Report on sanitation, dispensaries, and jails in Rajputana for 1915, and on vaccination for the year 1915-1916 - 1915-1916
Year: 1915
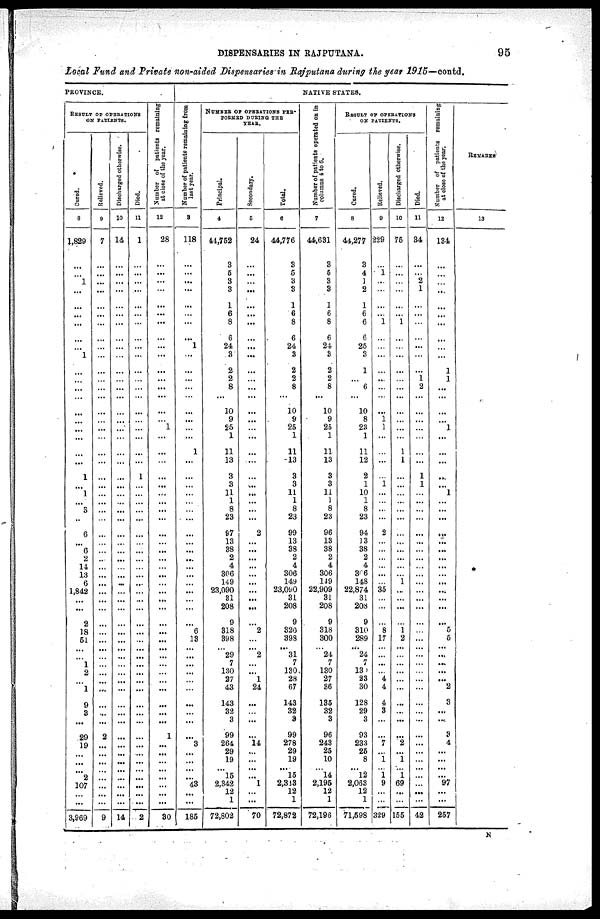
DISPENSARIES IN RAJPUTANA.
95
Local Fund and Private non-aided Dispensaries in Rajputana during the year 1915—contd.
PROVINCE.
RESULT OF OPERATIONS
ON PATIENTS.
Cured.
8
1,829
...
...
1
...
...
...
...
...
...
1
...
...
...
...
...
...
...
...
...
...
1
...
1
...
3
...
6
...
6
2
14
13
6
1,842
...
...
2
18
51
...
...
1
2
...
1
9
3
...
29
19
...
...
2
107
...
...
3,969
Relieved.
9
7
...
...
...
...
...
...
...
...
...
...
...
...
...
...
...
...
...
...
...
...
...
...
...
...
...
...
...
...
...
...
...
...
...
...
...
...
...
...
...
...
...
...
...
...
...
...
...
...
2
...
...
...
...
...
...
...
9
Discharged otherwise.
10
14
...
...
...
...
...
...
...
...
...
...
...
...
...
...
...
...
...
...
...
...
...
...
...
...
...
...
...
...
...
...
...
...
...
...
...
...
...
...
...
...
...
...
...
...
...
...
...
...
...
...
...
...
...
...
...
...
14
Died.
11
1
...
...
...
...
...
...
...
...
...
...
...
...
...
...
...
...
...
...
...
...
1
...
...
...
...
...
...
...
...
...
...
...
...
...
...
...
...
...
...
...
...
...
...
...
...
...
...
...
...
...
...
...
...
...
...
...
2
Number of petients remaining
at close of the year.
12
28
...
...
...
...
...
...
...
...
...
...
...
...
...
...
...
...
1
...
...
...
...
...
...
...
...
...
...
...
...
...
...
...
...
...
...
...
...
...
...
...
...
...
...
...
...
...
...
...
1
...
...
...
...
...
...
...
30
NATIVE STATES.
Number of patients remaining from
last year.
3
118
...
...
...
...
...
...
...
...
1
...
...
...
...
...
...
...
...
...
1
...
...
...
...
...
...
...
...
...
...
...
...
...
...
...
...
...
...
6
13
...
...
...
...
...
...
...
...
...
...
3
...
...
...
43
...
...
185
NUMBER OF OPERATIONS PER¬
FORMED DURING THE
YEAR.
Principal.
4
44,762
3
5
3
3
1
6
8
6
24
3
2
2
8
...
10
9
25
1
11
13
3
3
11
1
8
23
97
13
38
2
4
306
149
23,090
81
208
9
318
398
... 29
7
130
27
43
143
32
3
99
264
29
19
15
2,842
12
1
72,802
Secondary.
5
24
...
...
...
...
...
...
...
...
...
...
...
...
...
...
...
...
...
...
...
....
...
...
...
...
...
...
2
...
...
...
...
...
...
...
...
...
...
2
...
... 2
...
...
1
24
...
...
...
...
14
...
...
...
1
...
...
70
Total.
6
44,776
3
5
3
3
1
6
8
6
24
3
2
2
8
...
10
9
25
1
11
13
3
3
11
1
8
23
99
13
38
2
4
306
149
23,090
31
208
9
320
398
... 31
7
130
28
67
143
32
3
99
278
29
19
15
2,343
12
1
72,872
Number of patients operated on in
columns 4 to 6.
7
44,631
3
5
3
3
1
6
8
6
24
3
2
2
8
...
10
9
25
1
11
13
3
3
11
1
8
23
96
13
38
2
4
306
149
22,909
31
208
9
318
300
...
24
7
130
27
36
135
32
3
96
243
25
10
14
2,195
12
1
72,196
RESULT OF OPERATIONS
ON PATIENTS.
Cured.
8
44,277
3
4
1
2
1
6
6
6
25
3
1
...
6
...
10
8
23
1
11
12
2
1
10
1
8
23
94
13
38
2
4
306
148
22,874
31
208
9
310
289
... 24
7
13
23
30
128
29
3
93
233
26
8
12
2,063
12
1
71,598
Relieved.
9
229
...
1
...
...
...
...
1
...
...
...
...
...
...
...
...
1 1
...
...
...
...
1
...
...
...
...
2
...
...
...
...
...
...
35
...
...
...
8
17
... ...
...
...
4
4
4
3
...
...
7
...
1
1
9
...
...
329
Discharged otherwise.
10
75
...
...
...
...
...
...
1
...
...
...
...
...
...
...
...
...
...
...
1
1
...
...
...
...
...
...
...
...
...
...
...
...
1
...
...
...
...
1
2
...
...
...
...
...
...
...
...
...
...
2
...
1
1
69
...
...
155
Died.
11
34
...
...
2
1
...
...
...
...
...
...
...
1
2
...
...
...
...
...
...
...
1
1
...
...
...
...
...
...
...
...
...
...
...
...
...
...
...
...
...
... ...
...
...
...
...
...
...
...
...
...
...
...
...
...
...
...
42
Number of patients remaining
at close of the year.
12
134
...
...
...
...
...
...
...
...
...
...
1
1
...
...
...
...
1
...
...
...
...
...
1
...
...
...
...
...
...
...
...
...
...
...
...
...
...
6
5
... ...
...
...
...
2
3
...
...
3
4
...
...
...
97
...
...
257
REMARKS
13
N